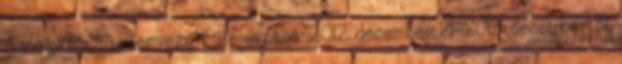
A megvalósítás tervezett ütemezése: 2012. december 21-2013. december 31.